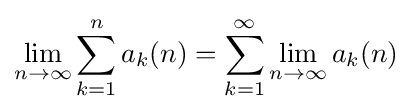
\lim _{n\to \infty }\sum _{k=1}^{n}a_{k}(n)=\sum _{k=1}^{\infty }\lim _{n\to \infty }a_{k}(n)